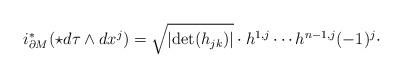
LaTeX: \begin{align*}i^*_{\partial M}(\star d\tau\wedge dx^j)=\sqrt{\left|\det(h_{jk})\right|}\cdot h^{1,j}\cdots h^{n-1,j}(-1)^j\cdot\end{align*}